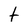
Character: t